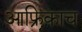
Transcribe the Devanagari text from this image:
आफ्रिकाच